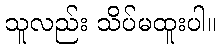
သူလည်း သိပ်မထူးပါ။